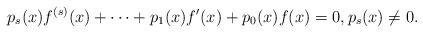
LaTeX: \begin{align*} p_s(x)f^{(s)}(x) + \cdots + p_1(x) f'(x)+ p_0(x)f(x) = 0, p_s(x) \neq 0.\end{align*}